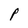
Character: p